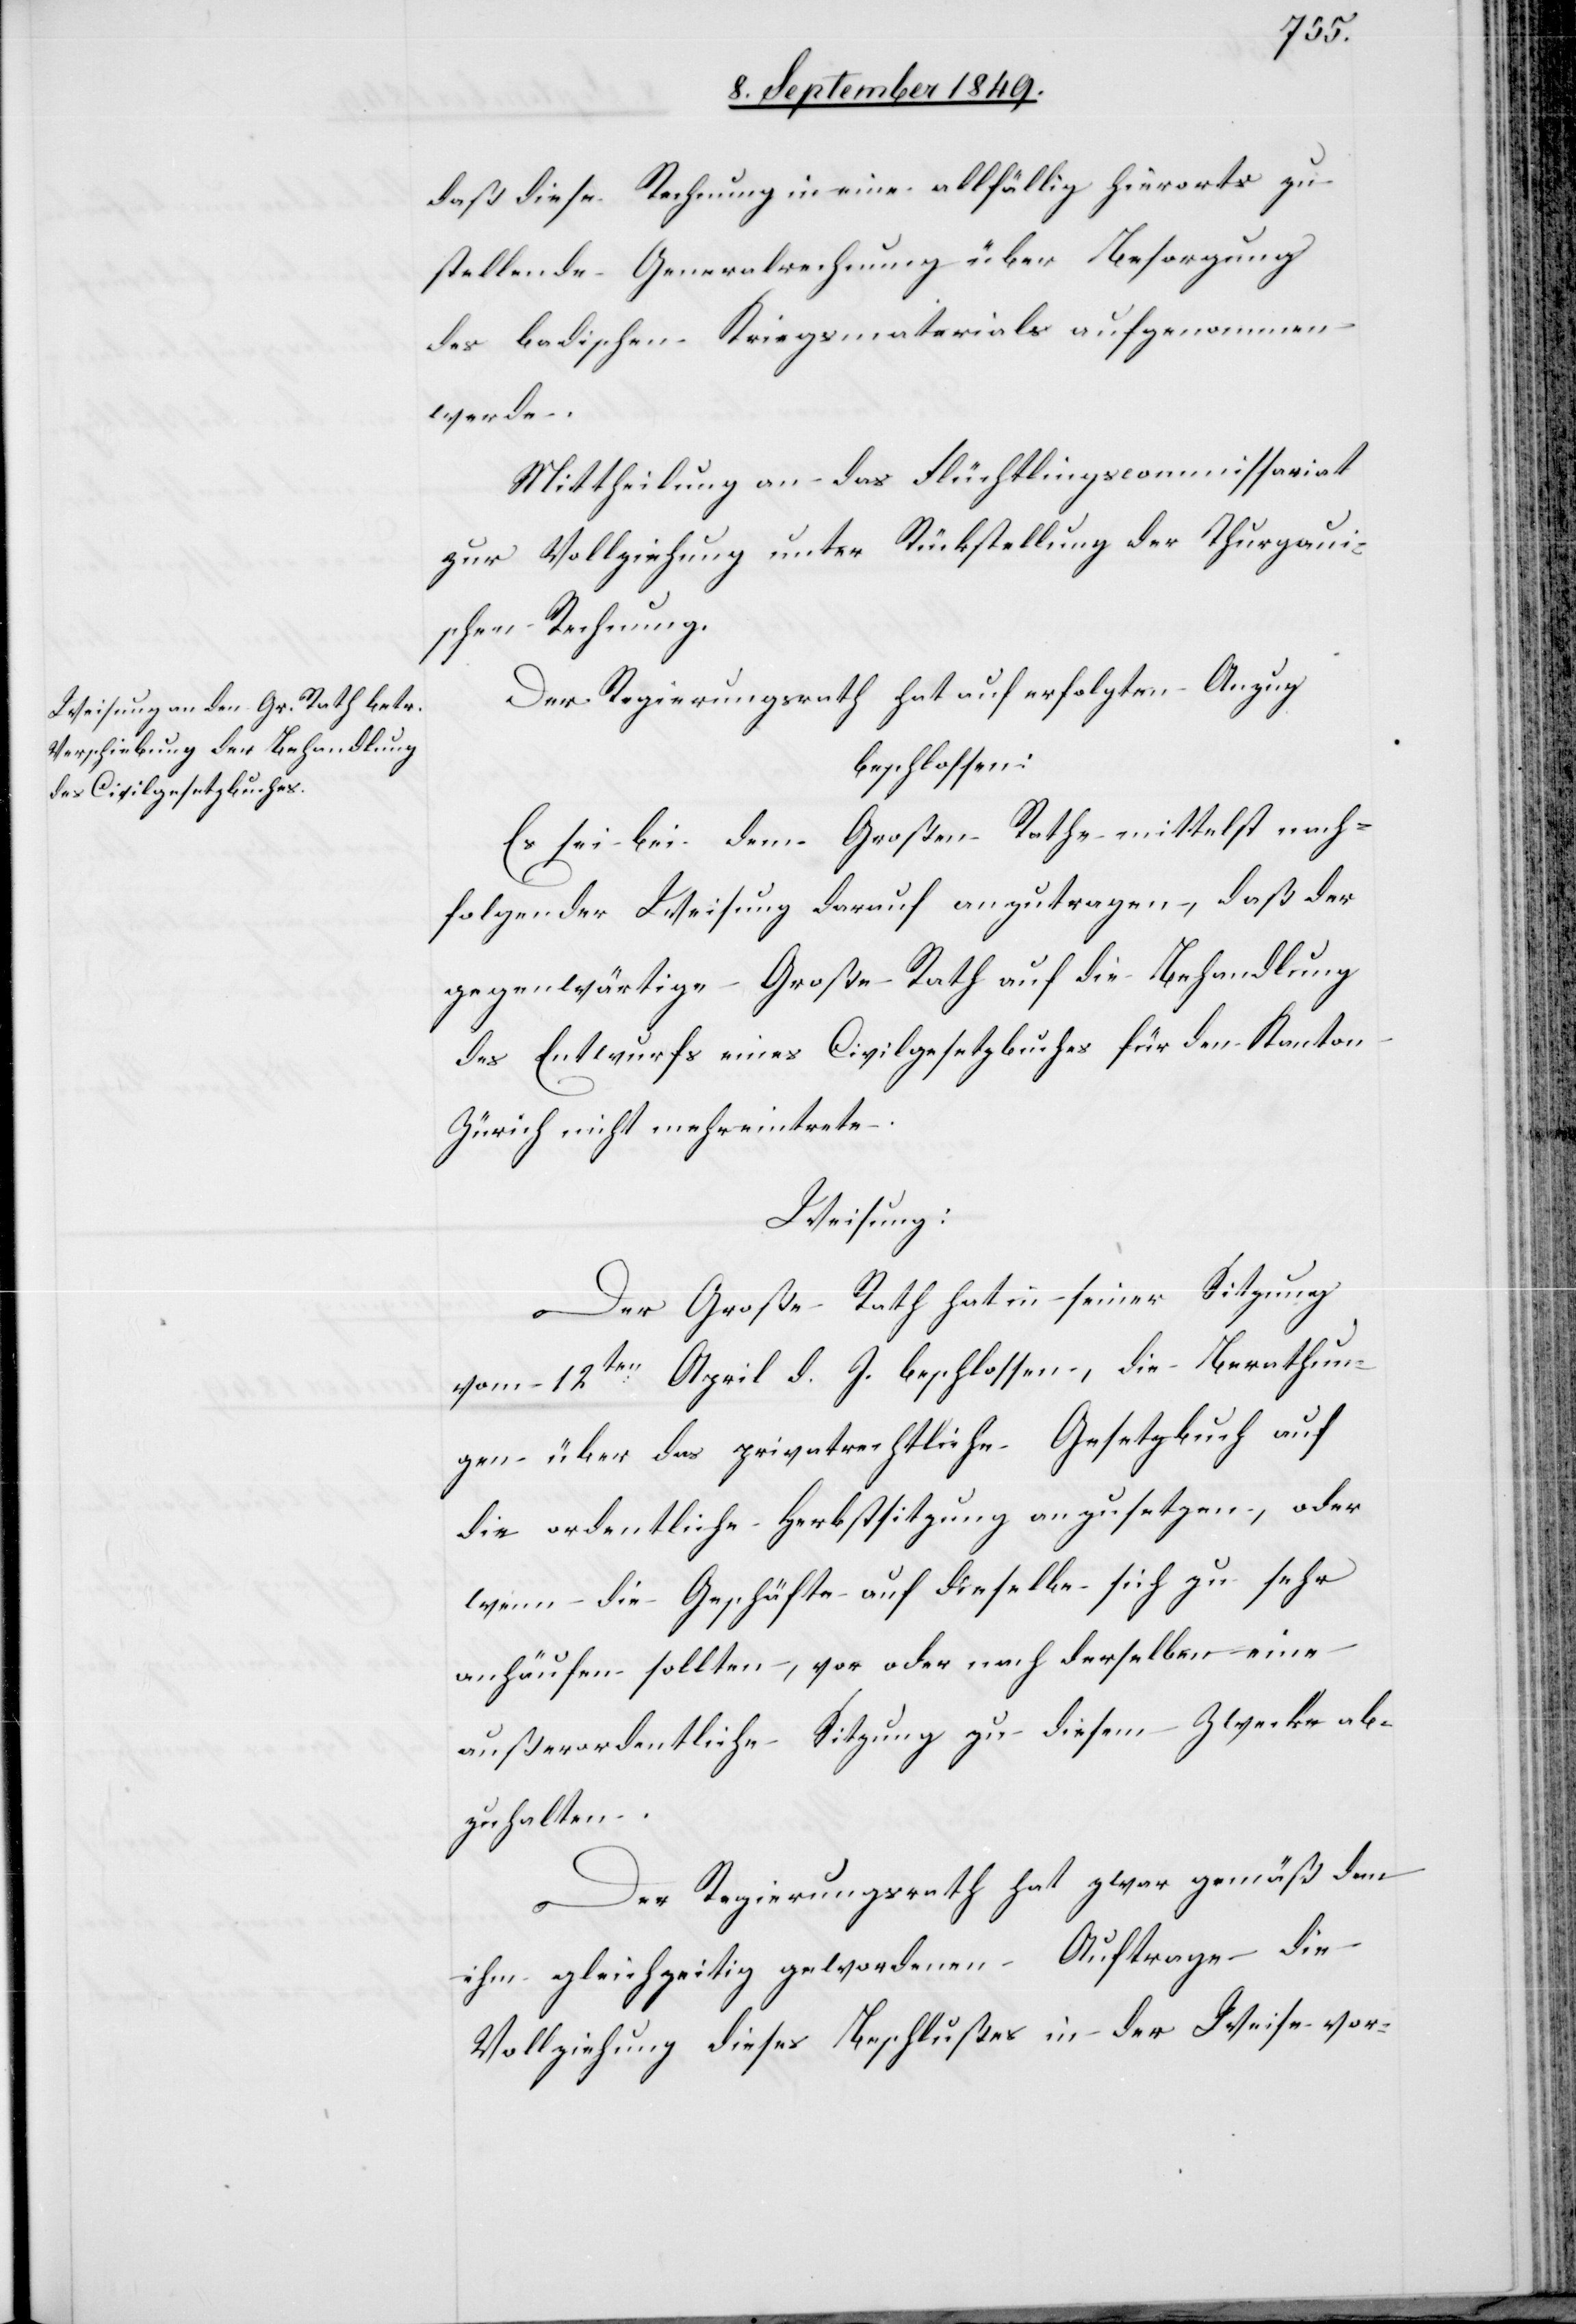
daß diese Rechnung in eine allfällig hierorts zu¬
stellende Generalrechnung über Besorgung
des badischen Kriegsmaterials aufgenommen
werde.
Mittheilung an das Flüchtlingscommissariat
zur Vollziehung unter Rückstellung der Thurgaui¬
schen Rechnung.
Der Regierungsrath hat auf erfolgten Anzug
beschlossen:
Es sei bei dem Großen Rathe mittelst nach¬
folgender Weisung darauf anzutragen, daß der
gegenwärtige Große Rath auf die Behandlung
des Entwurfs eines Civilgesetzbuches für den Kanton
Zürich nicht mehr eintrete.
Weisung:
Der Große Rath hat in seiner Sitzung
vom 12ten April d. J. beschlossen, die Berathun¬
gen über das privatrechtliche Gesetzbuch auf
die ordentliche Herbstsitzung anzusetzen, oder
wenn die Geschäfte auf dieselbe sich zu sehr
anhäufen sollten, vor oder nach derselben eine
außerordentliche Sitzung zu diesem Zwecke ab¬
zuhalten.
Der Regierungsrath hat zwar gemäß dem
ihm gleichzeitig gewordenen Auftrage die
Vollziehung dieses Beschlußes in der Weise vor-